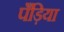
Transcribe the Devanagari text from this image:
पँड़िया